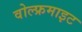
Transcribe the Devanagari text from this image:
वोल्फ्रमाइट